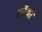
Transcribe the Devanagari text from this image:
स्नैचर